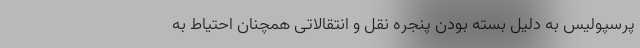
پرسپولیس به دلیل بسته بودن پنجره نقل و انتقالاتی همچنان احتیاط به